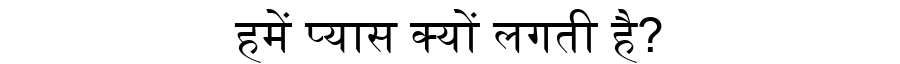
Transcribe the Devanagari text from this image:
हमें प्यास क्यों लगती है?